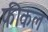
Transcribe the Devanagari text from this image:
फीकल